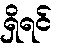
ရှိရင်